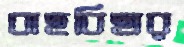
বাছবিছার